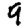
Digit: 9